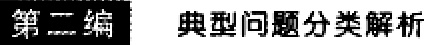
第二编 典型问题分类解析